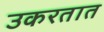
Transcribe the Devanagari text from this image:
उकरतात